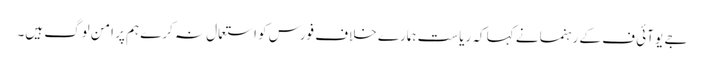
جے یو آئی ف کے رہنما نے کہا کہ ریاست ہمارے خلاف فورس کو استعمال نہ کرے ہم پر امن لوگ ہیں۔